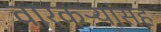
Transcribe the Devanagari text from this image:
वारकऱ्यांसह